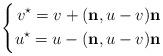
LaTeX: \begin{align*} \left\{\begin{aligned}v^\star=v+ ({\bf n},u-v) {\bf n}\\u^\star=u-({\bf n},u-v){\bf n}\end{aligned}\right. \end{align*}